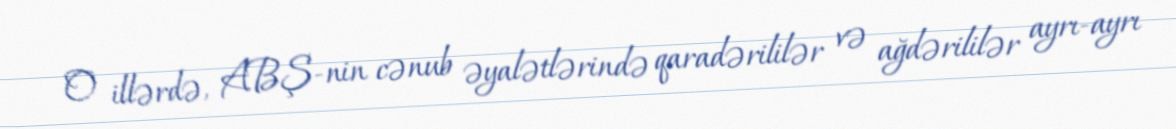
O illərdə, ABŞ-nin cənub əyalətlərində qaradərililər və ağdərililər ayrı-ayrı